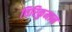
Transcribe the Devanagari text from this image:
चिरिकुमान